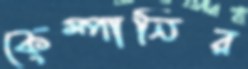
কেম্পানির